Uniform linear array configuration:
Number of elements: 32
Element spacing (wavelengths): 0.75
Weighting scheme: kaiser
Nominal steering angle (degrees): -30
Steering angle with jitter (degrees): -28.842
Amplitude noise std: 0.05
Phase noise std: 0.05

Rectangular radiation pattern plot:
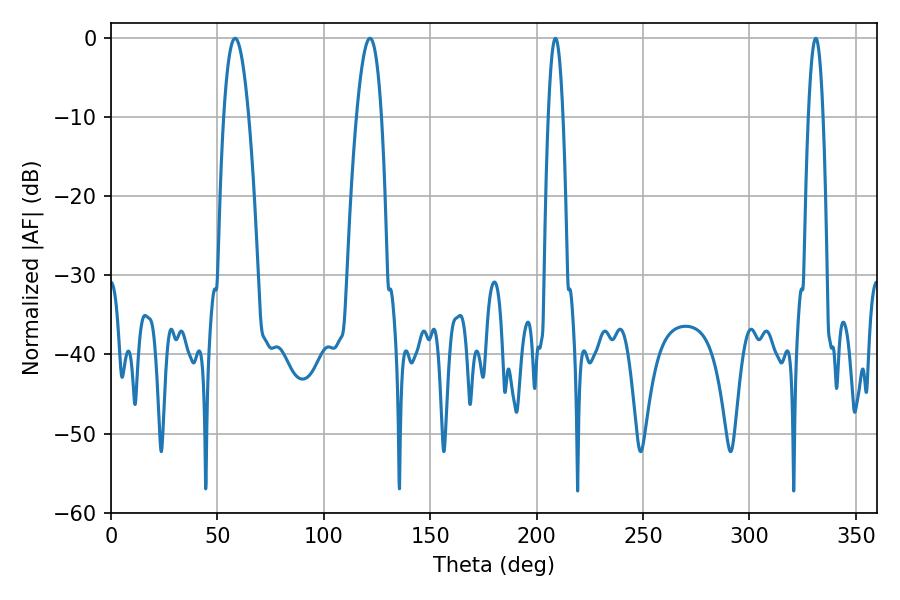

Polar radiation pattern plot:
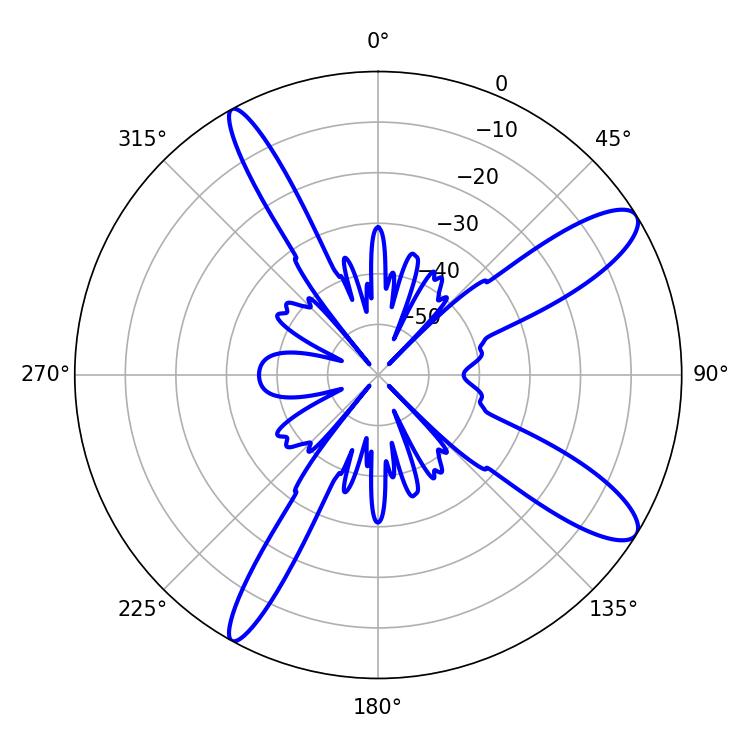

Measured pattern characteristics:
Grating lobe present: TRUE
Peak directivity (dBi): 11.619
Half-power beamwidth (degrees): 6.48
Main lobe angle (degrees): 58.32